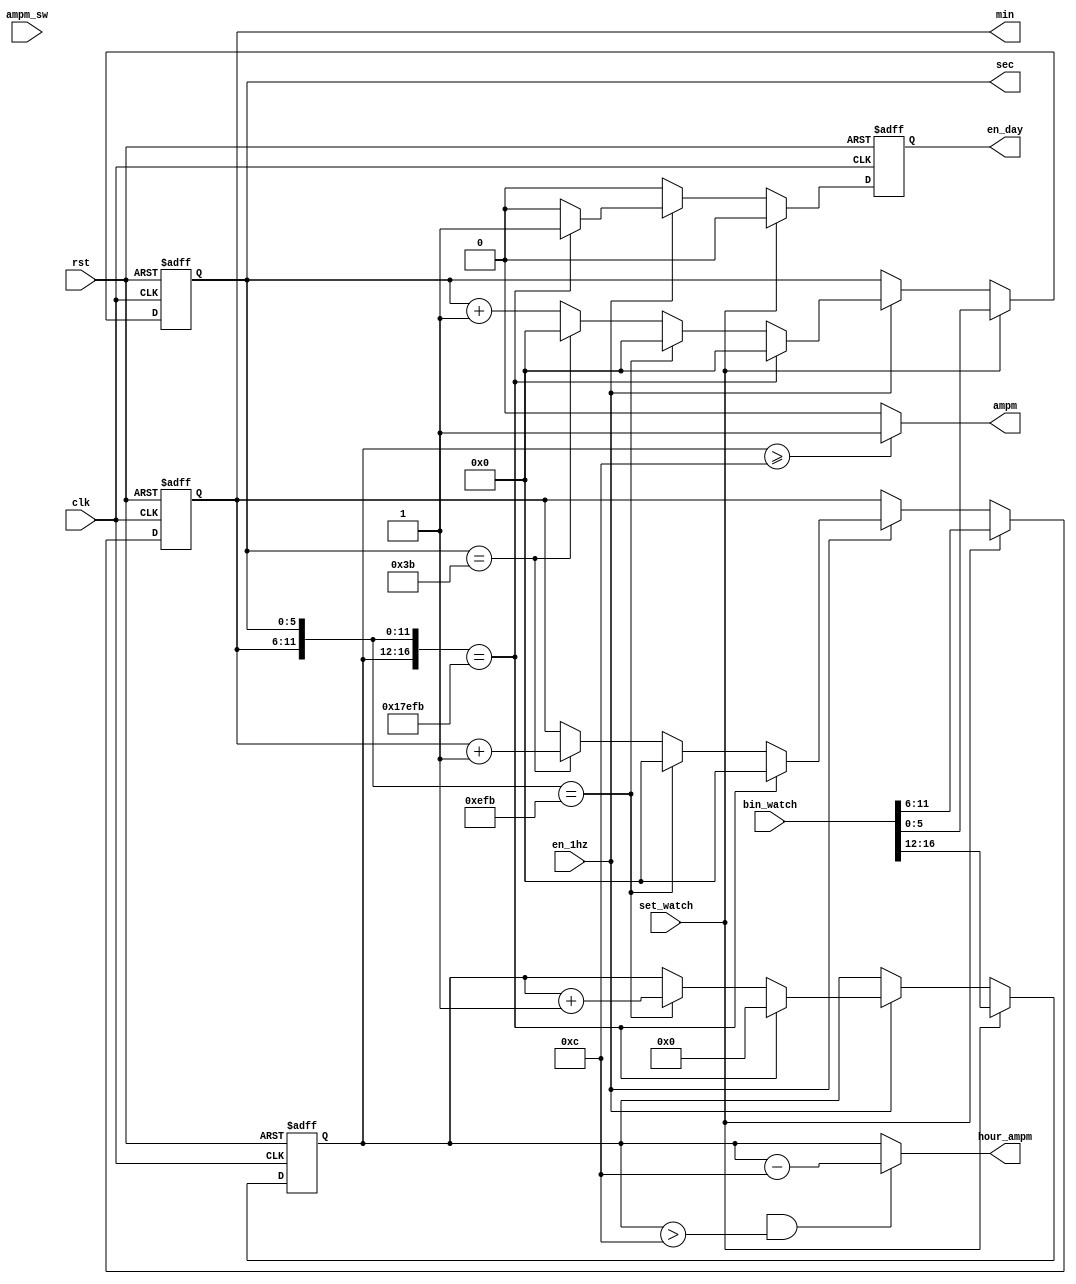
module watch_time (
	clk, rst, 
	en_1hz, 
	set_watch,
	ampm_sw,
	bin_watch,
	ampm,	
	hour_ampm, 
	min, sec,
	en_day);
	
	input					clk, rst, en_1hz;
	input					set_watch;
	input					ampm_sw;
	input		[16:0]	bin_watch;
	output				ampm;
	output	[4:0]		hour_ampm;
	output	[5:0]		min, sec;
	output				en_day;
	
	wire					ampm_sw;
	wire		[16:0]	bin_watch;
	wire					ampm;
	wire		[4:0]		hour_ampm;
	reg		[5:0]		min, sec;
	reg					en_day;
	
	reg		[4:0]		hour;
	reg					ampm_mode;

	assign	ampm			=	hour >= 4'd12 ? 1'd1 : 1'd0;

	assign	hour_ampm	=	( ampm_mode && (hour > 4'd12) )	?	hour - 4'd12 : hour;



	always @(posedge clk or negedge rst) begin
		if (!rst)
		{hour, min, sec, en_day}	<= 0;
		
		else if (set_watch) begin
			{hour, min, sec}	<= bin_watch;
			en_day				<= 0;
		end
		else begin
			hour	<= hour;
			min		<= min;
			sec		<= sec;
			en_day	<= 0;
			if (en_1hz) begin
				casex({hour, min, sec})
					{5'd23, 6'd59, 6'd59} : begin
						hour		<= 0;
						min			<= 0;
						sec			<= 0;
						en_day		<= 1'd1;
					end
					
					{5'dx, 6'd59, 6'd59} : begin
						hour	<= hour + 1'd1;
						min		<= 0;
						sec		<= 0;
					end
					
					{5'dx, 6'dx, 6'd59} : begin
						hour	<= hour;
						min		<= min + 1'd1;
						sec		<= 0;
					end
					
					default : begin
						hour	<= hour;
						min		<= min;
						sec		<= sec + 1'd1;
					end
				endcase
			end
		end
	end
endmodule